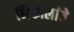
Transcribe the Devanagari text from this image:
निकालांचे